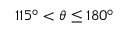
1 1 5 ^ { \circ } < \theta \leq 1 8 0 ^ { \circ }